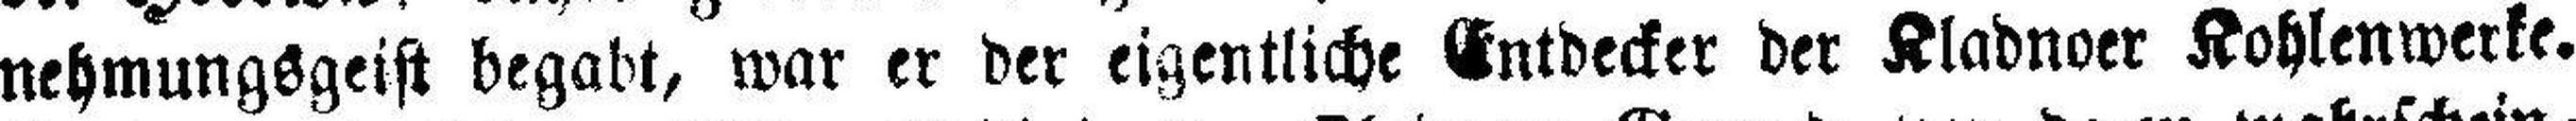
nehmungsgeist begabt, war er der eigentliche Entdecker der Kladnoer Kohlenwerke.